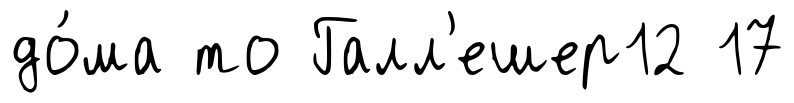
до́ма то Галл'ешер12 17